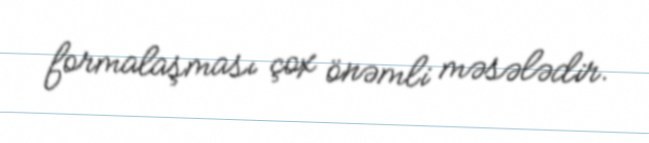
formalaşması çox önəmli məsələdir.